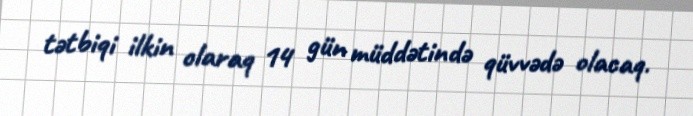
tətbiqi ilkin olaraq 14 gün müddətində qüvvədə olacaq.